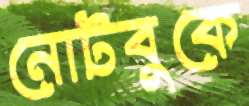
নোটবুকে